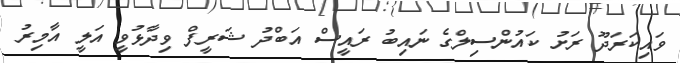
ވައިކަރަދޫ ރަށު ކައުންސިލްގެ ނައިބު ރައީސް އަބްދު ޝަރީފް ވިދާޅުވީ އަލީ އާމިރު